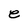
Character: e